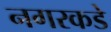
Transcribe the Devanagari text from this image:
नगरकडे